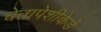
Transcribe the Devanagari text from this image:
चेतापेशीकेडे